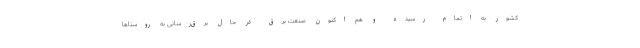
کشور به اتمام رسیده و هم اکنون صنعت برق در حال برق‌رسانی به روستا‌ها